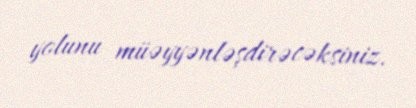
yolunu müəyyənləşdirəcəksiniz.